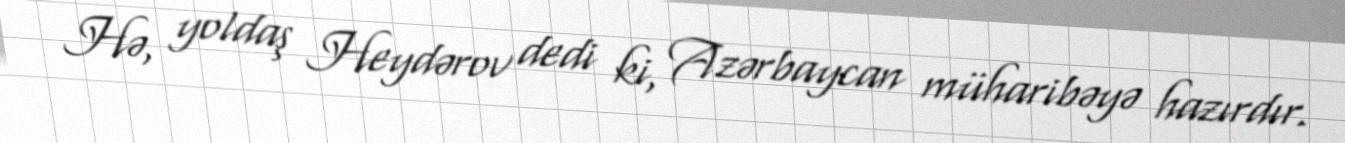
Hə, yoldaş Heydərov dedi ki, Azərbaycan müharibəyə hazırdır.